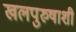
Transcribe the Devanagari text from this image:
खलपुरुषाशी